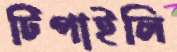
টিপাইলি